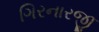
ગિરનારજી